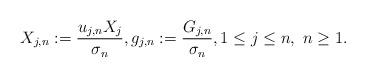
LaTeX: \begin{align*} X_{j,n}:=\frac{u_{j,n}X_j}{\sigma_n},g_{j,n}:=\frac{G_{j,n}}{\sigma_n},1\le j\le n,\ n\ge1.\end{align*}